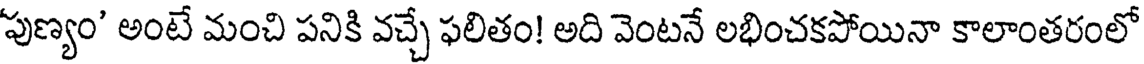
పుణ్యం' అంటే మంచి పనికి వచ్చే ఫలితం! అది వెంటనే లభించకపోయినా కాలాంతరంలో